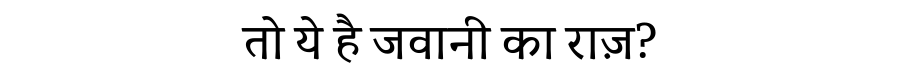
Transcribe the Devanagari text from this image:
तो ये है जवानी का राज़?